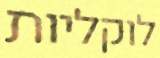
לוקליות